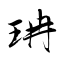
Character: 珃